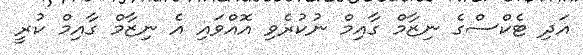
އަދި ޓެކްސްގެ ނިޒާމް ގާއިމް ނުކުރެވި އޮއްވައި އެ ނިޒާމް ގާއިމް ކުރީ